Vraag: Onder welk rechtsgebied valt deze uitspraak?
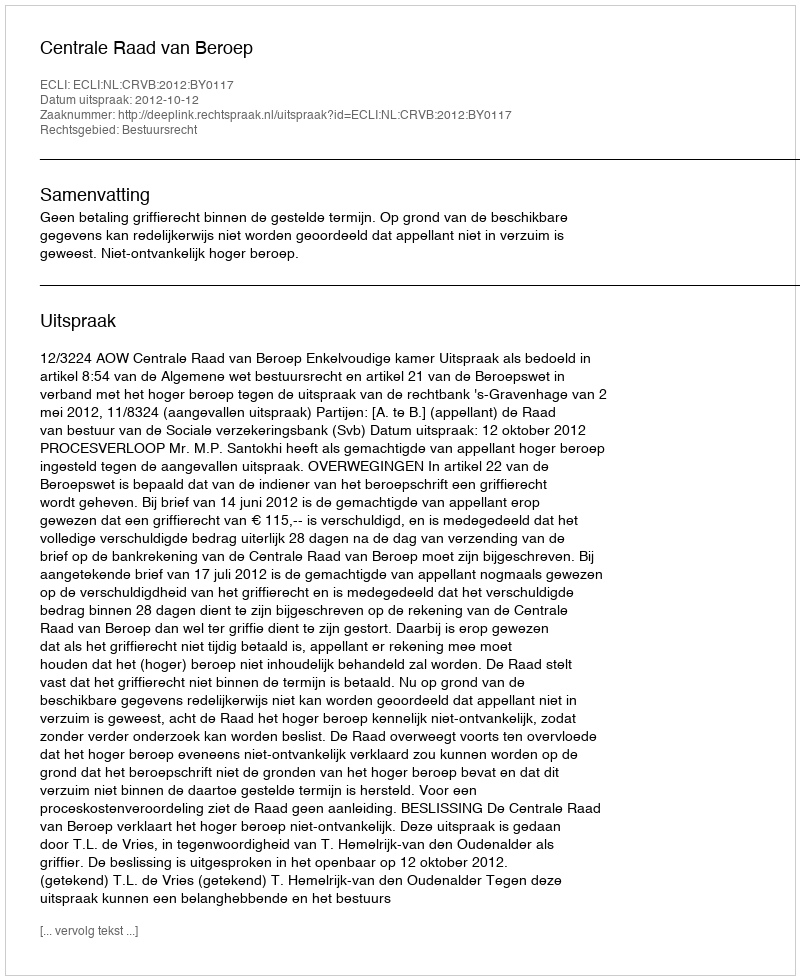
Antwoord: Bestuursrecht